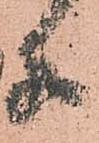
等